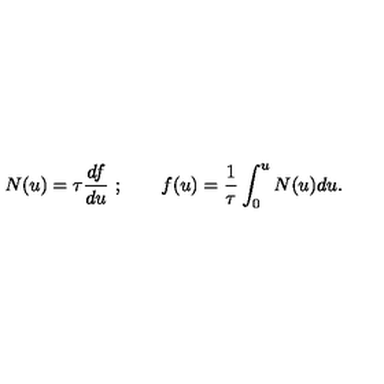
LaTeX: N ( u ) = \tau { \frac { d f } { d u } } \ ; \qquad f ( u ) = { \frac { 1 } { \tau } } \int _ { 0 } ^ { u } N ( u ) d u .